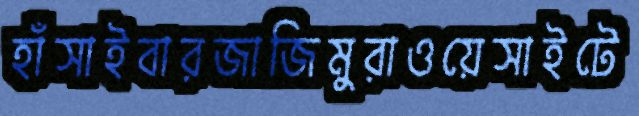
হাঁসাইবারজাজিমুরাওয়েসাইটে